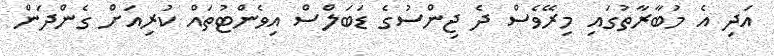
އަދި އެ މުބާރާތުގައި މިރޭވެސް ދެ ޖިންސުގެ ޑަބަލްސް އިވެންޓުތައް ކުރިއަށް ގެންދަން